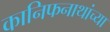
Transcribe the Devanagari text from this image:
कानिफनाथांच्या